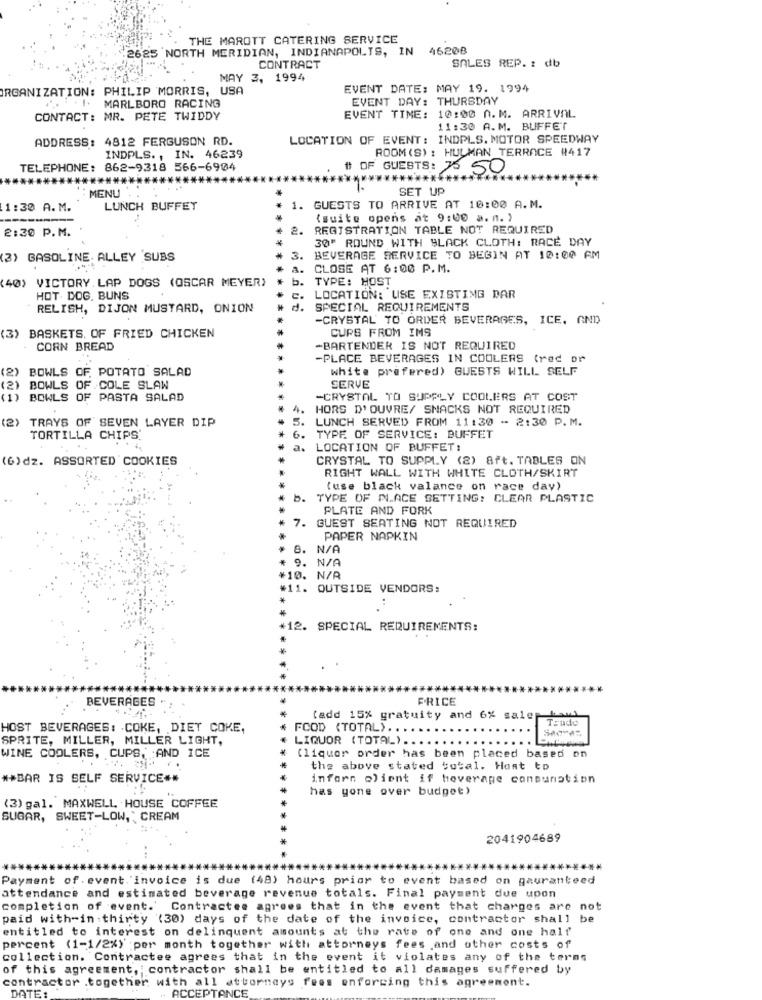
THE MAROTT CATERING SERVICE
2625 NORTH MERIDIAN, INDIANAPOLIS, IN
46208
SALES REP. : db
CONTRACT
MAY 3, 1994
ORGANIZATION: PHILIP MORRIS, USA
EVENT DATE: MAY 19. 1994
EVENT DAY: THURSDAY
1. MARLBORO RACING
EVENT TIME: 10:00 A.M. ARRIVAL
CONTACT: MR. PETE TWIDDY
11:30 A.M. BUFFET
ADDRESS: 4812 FERGUSON RD.
LOCATION OF EVENT: INDPLS. MOTOR SPEEDWAY
ROOM (S) : HULMAN TERRACE #417
INDPLS. , IN. 46239
TELEPHONE: 862-9318 566-6904
# OF GUESTS: 75 50
MENU
SET UP
1:30 A.M.
LUNCH BUFFET
1. GUESTS TO ARRIVE AT 10:00 A.M.
(suite opens at 9:00 a.m. )
2:30 P.M.
2.
REGISTRATION TABLE NOT REQUIRED
30' ROUND WITH BLACK CLOTH: RACE DAY
******
(3) GASOLINE ALLEY SUBS
3.
BEVERAGE SERVICE TO BEGIN AT 10:00 AM
a.
CLOSE AT 6:00 P.M.
(40) VICTORY LAP DOGS (OSCAR MEYER)
b. TYPE: HOST
HOT- DOG. BUNS
****
LOCATION: USE EXISTING DAR
RELISH, DIJON MUSTARD, ONION
SPECIAL REQUIREMENTS
-CRYSTAL TO ORDER BEVERAGES, ICE. AND)
CUPS FROM IMS
(3) BASKETS. OF FRIED CHICKEN
CORN BREAD
-BARTENDER IS NOT REQUIRED
-PLACE BEVERAGES IN COOLERS (red or
(2)
BOWLS OF. POTATO SALAD
white prefered) GUESTS WILL SELF
(2)
BOWLS OF COLE SLAW
SERVE
BOWLS OF PASTA SALAD
-CRYSTAL TO SUPPLY COOLERS AT COST
HORS D' OUVRE/ SNACKS NOT REQUIRED
(2) TRAYS OF SEVEN LAYER DIP
LUNCH SERVED FROM 11:30 - 2:30 P. M.
TORTILLA CHIPS'
TYPE OF SERVICE: BUFFET
. .
LOCATION OF BUFFET:
(6)dz. ASSORTED COOKIES
CRYSTAL TO SUPPLY (2) 8ft. TABLES ON
RIGHT WALL WITH WHITE CLOTH/SKIRT
(use black valance on race day)
TYPE OF PLACE SETTING: CLEAR PLASTIC
PLATE AND FORK
7. GUEST SEATING NOT REQUIRED
PAPER NAPKIN
8. N/A
9. N/A
¥10. N/A
#11. OUTSIDE VENDORS:
*12. SPECIAL REQUIREMENTS:
BEVERAGES
PRICE
(add 15% gratuity and 6% salep
Trude
HOST BEVERAGES: COKE, DIET COKE,
FOOD (TOTAL) ...
SPRITE, MILLER, MILLER LIGHT,
LIQUOR (TOTAL) ...
WINE COOLERS, CUPS, AND ICE
Cliquer order has been placed based on
the above stated total. Host to
** BAR IS SELF SERVICE **
infarn client if beverage consumption
has gone over budget)
(3) gal. MAXWELL, HOUSE COFFEE
SUGAR, SWEET-LOW, CREAM
2041904689
Payment of . event 'invoice is due (48) hours prior to event based on gauranteed
attendance and estimated beverage revenue totals. Final payment due upon
completion of event.' Contractee agrees that in the event that charges are not
paid with-in . thirty (30) days of the date of the invoice, contractor shall be
entitled to interest on delinquent amounts at the rate of one and one half
percent (1-1/2%) ;per month together with attorneys fees and other costs of
collection. Contractee agrees that in the event it violates any of the terms
of this agreement, ; contractor shall be entitled to all damages suffered by
contractor .together with all attorneys fees enforcing this agreement.
DATE:
ACCEPTANCE